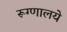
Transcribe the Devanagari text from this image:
रूग्णालये